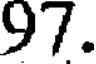
97.